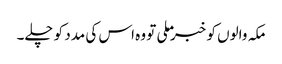
مکہ والوں کو خبر ملی تو وہ اس کی مدد کو چلے۔